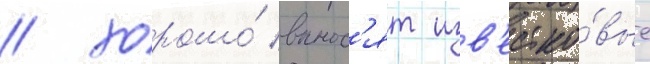
/ хорошо́ вынос'ят изв'естко́вые